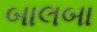
બાલબા